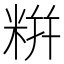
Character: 𮇛